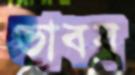
ভাবব